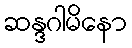
ဆန္ဒဂါမိနော